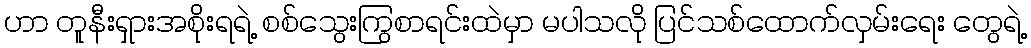
ဟာ တူနီးရှားအစိုးရရဲ့ စစ်သွေးကြွစာရင်းထဲမှာ မပါသလို ပြင်သစ်ထောက်လှမ်းရေး တွေရဲ့